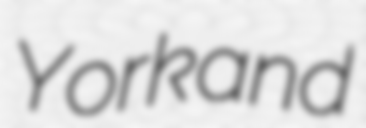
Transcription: York and